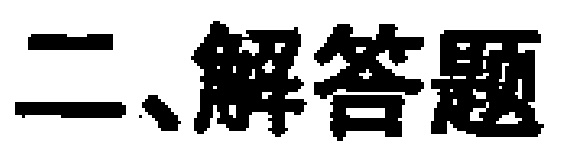
二、解答题